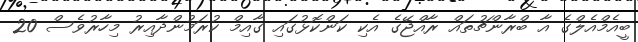
ބީއެމްއެލްގެ އާ ބްރާންޗުތައް ރާއްޖޭގެ އެކި ކަންކޮޅުގައި ގާއިމް ކުރަމުންދާއިރު މިހާރުވެސް 20